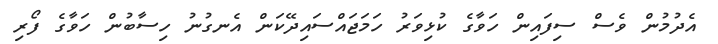
އެދުމުން ވެސް ސިފައިން ހަވާގެ ކުޅިވަރު ހަމަޖައްސައިދޭކަން އެނގުނު ހިސާބުން ހަވާގެ ފޯރި